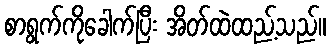
စာရွက်ကိုခေါက်ပြီး အိတ်ထဲထည့်သည်။